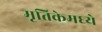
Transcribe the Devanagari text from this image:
मृतिकेमध्ये